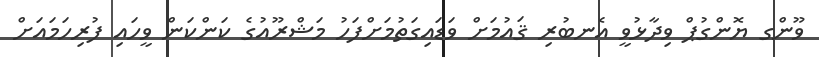
ވޫންގ ޔޮންގުޕް ވިދާޅުވީ އެނބުރި ޤައުމަށް ވަޑައިގަތުމަށްފަހު މަޝްރޫއުގެ ކަންކަން ވީހައި ފުރިހަމައަށް